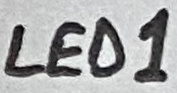
Text: LED1